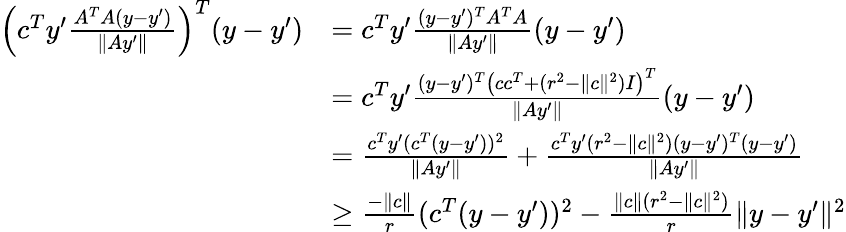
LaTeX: \begin{array}{rl}{\left(c^{T}y^{\prime}\frac{A^{T}A(y-y^{\prime})}{\| Ay^{\prime}\| }\right)^{T}(y-y^{\prime})}&{=c^{T}y^{\prime}\frac{(y-y^{\prime})^{T}A^{T}A}{\| Ay^{\prime}\| }(y-y^{\prime})}\\ &{=c^{T}y^{\prime}\frac{(y-y^{\prime})^{T}\left(cc^{T}+(r^{2}-\| c\| ^{2})I\right)^{T}}{\| Ay^{\prime}\| }(y-y^{\prime})}\\ &{=\frac{c^{T}y^{\prime}(c^{T}(y-y^{\prime}))^{2}}{\| Ay^{\prime}\| }+\frac{c^{T}y^{\prime}(r^{2}-\| c\| ^{2})(y-y^{\prime})^{T}(y-y^{\prime})}{\| Ay^{\prime}\| }}\\ &{\geq\frac{-\| c\| }{r}(c^{T}(y-y^{\prime}))^{2}-\frac{\| c\| (r^{2}-\| c\| ^{2})}{r}\| y-y^{\prime}\| ^{2}}\end{array}